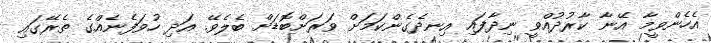
އެހެންވީމާ އޭނާ ކާރުދުއްވީ ނިދާފައި އިނދެގެންކަމަށް ވަރަށްބޮޑަށް ބެލެވޭ. އަދި ހުވަފެނެއްގެ ތެރޭގައި